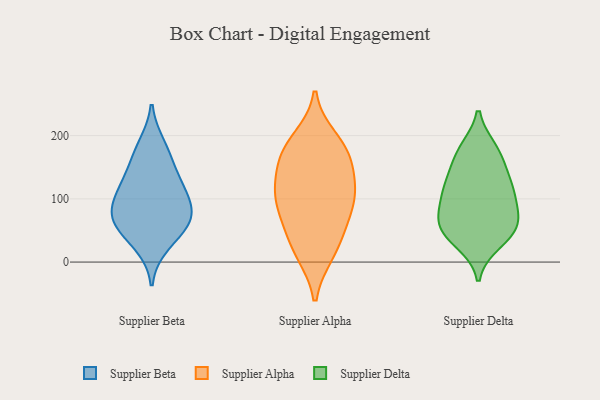
{"axis": {"x": "Humidity (%)", "y": "Value"}, "legend": ["Supplier Alpha", "Supplier Beta", "Supplier Delta"], "data": [{"x": "", "y": 66, "type": "Supplier Beta"}, {"x": "", "y": 79, "type": "Supplier Beta"}, {"x": "", "y": 87, "type": "Supplier Beta"}, {"x": "", "y": 109, "type": "Supplier Beta"}, {"x": "", "y": 118, "type": "Supplier Beta"}, {"x": "", "y": 55, "type": "Supplier Beta"}, {"x": "", "y": 61, "type": "Supplier Beta"}, {"x": "", "y": 133, "type": "Supplier Beta"}, {"x": "", "y": 27, "type": "Supplier Beta"}, {"x": "", "y": 164, "type": "Supplier Beta"}, {"x": "", "y": 185, "type": "Supplier Beta"}, {"x": "", "y": 14, "type": "Supplier Alpha"}, {"x": "", "y": 161, "type": "Supplier Alpha"}, {"x": "", "y": 156, "type": "Supplier Alpha"}, {"x": "", "y": 169, "type": "Supplier Alpha"}, {"x": "", "y": 86, "type": "Supplier Alpha"}, {"x": "", "y": 113, "type": "Supplier Alpha"}, {"x": "", "y": 50, "type": "Supplier Alpha"}, {"x": "", "y": 100, "type": "Supplier Alpha"}, {"x": "", "y": 116, "type": "Supplier Alpha"}, {"x": "", "y": 56, "type": "Supplier Alpha"}, {"x": "", "y": 184, "type": "Supplier Alpha"}, {"x": "", "y": 15, "type": "Supplier Alpha"}, {"x": "", "y": 105, "type": "Supplier Alpha"}, {"x": "", "y": 195, "type": "Supplier Alpha"}, {"x": "", "y": 137, "type": "Supplier Delta"}, {"x": "", "y": 178, "type": "Supplier Delta"}, {"x": "", "y": 45, "type": "Supplier Delta"}, {"x": "", "y": 72, "type": "Supplier Delta"}, {"x": "", "y": 113, "type": "Supplier Delta"}, {"x": "", "y": 163, "type": "Supplier Delta"}, {"x": "", "y": 112, "type": "Supplier Delta"}, {"x": "", "y": 121, "type": "Supplier Delta"}, {"x": "", "y": 177, "type": "Supplier Delta"}, {"x": "", "y": 31, "type": "Supplier Delta"}, {"x": "", "y": 44, "type": "Supplier Delta"}, {"x": "", "y": 102, "type": "Supplier Delta"}, {"x": "", "y": 55, "type": "Supplier Delta"}, {"x": "", "y": 63, "type": "Supplier Delta"}, {"x": "", "y": 74, "type": "Supplier Delta"}]}